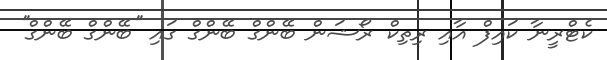
ކެޓްރީނާ ކައިފް އާއި ރިތިކް ރޯޝަން ބޭންގް ބޭންގް ގައި ''ބޭންގް ބޭންގް''